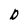
Character: D